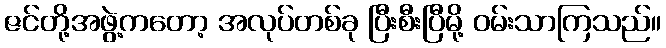
ဇင်တို့အဖွဲ့ကတော့ အလုပ်တစ်ခု ပြီးစီးပြီမို့ ဝမ်းသာကြသည်။